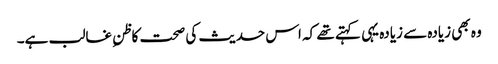
وہ بھی زیادہ سے زیادہ یہی کہتے تھے کہ اس حدیث کی صحت کاظنِ غالب ہے۔